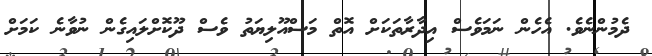
ދެމުންނެވެ. އެހެން ނަމަވެސް އިދާރާތަކަށް އޮތް މަސްއޫލިޔަތު ވެސް ދޫކޮށްލައިގެން ނުވާނެ ކަމަށް